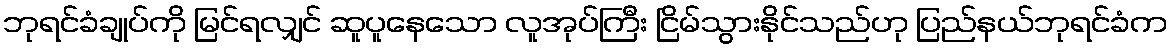
ဘုရင်ခံချုပ်ကို မြင်ရလျှင် ဆူပူနေသော လူအုပ်ကြီး ငြိမ်သွားနိုင်သည်ဟု ပြည်နယ်ဘုရင်ခံက